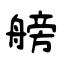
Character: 艕